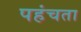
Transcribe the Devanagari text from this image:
पहंचता